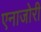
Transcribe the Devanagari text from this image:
एनाजोरी